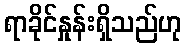
ရာခိုင်နှုန်းရှိသည်ဟု